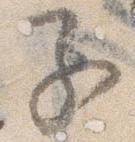
子